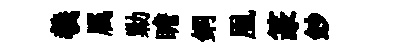
羲属勦瞻銅凰篆鈔